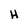
Character: H